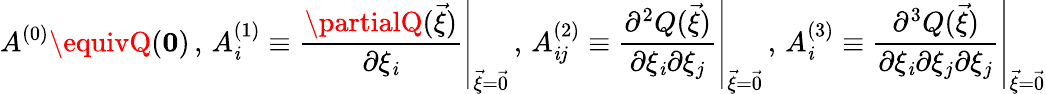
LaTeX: A^{(0)}\equivQ(\boldsymbol{0})\, ,\, A_{\mathit{i}}^{(1)}\equiv\left.\frac{{\partialQ(\vec{{\xi}})}}{{\partial\xi_{\mathit{i}}}}\right|_{\vec{{\xi}}=\vec{{0}}}\, ,\, A_{\mathit{i}j}^{(2)}\equiv\left.\frac{{\partial^{2}Q(\vec{{\xi}})}}{{\partial\xi_{\mathit{i}}\partial\xi_{j}}}\right|_{\vec{{\xi}}=\vec{{0}}}\, ,\, A_{\mathit{i}}^{(3)}\equiv\left.\frac{{\partial^{3}Q(\vec{{\xi}})}}{{\partial\xi_{\mathit{i}}\partial\xi_{j}\partial\xi_{j}}}\right|_{\vec{{\xi}}=\vec{{0}}}